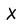
Character: X